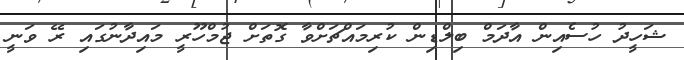
ޝަހީދު ހުސެއިން އާދަމް ބިލްޑިން ކުރިމައްޗަށްވާ ގޮތަށް ޖުމްހޫރީ މައިދާނުގައި ރޭ ވަނީ